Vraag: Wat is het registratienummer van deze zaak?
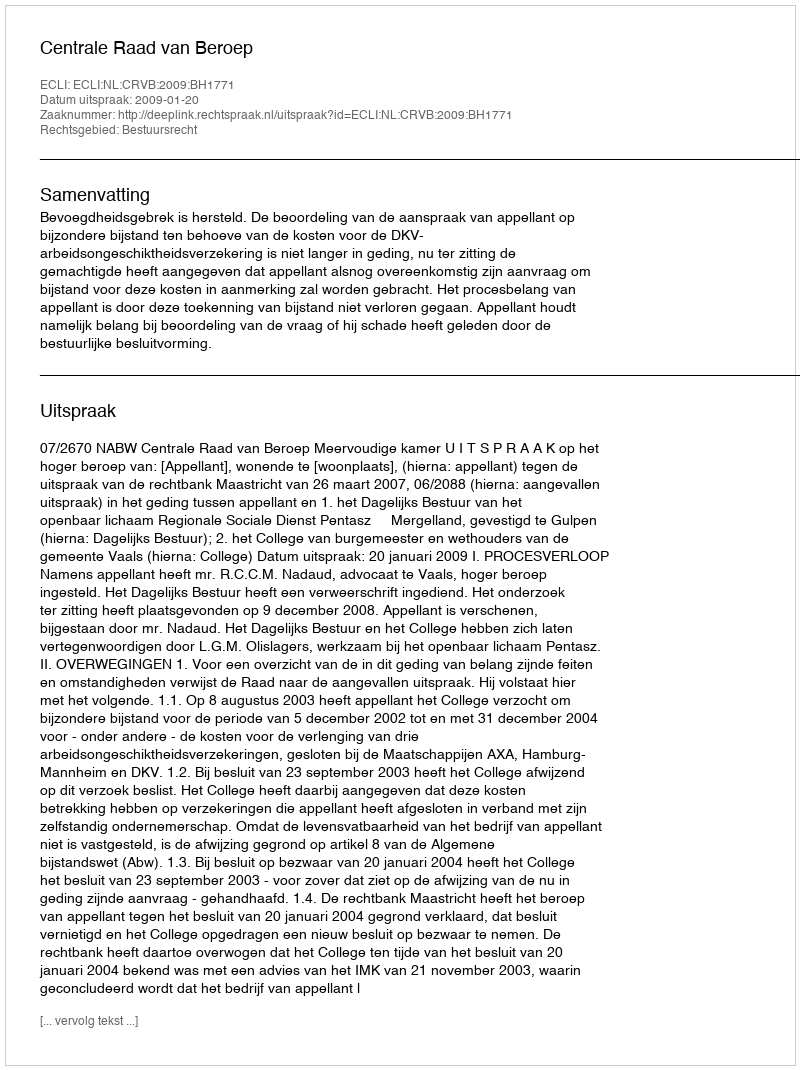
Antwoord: http://deeplink.rechtspraak.nl/uitspraak?id=ECLI:NL:CRVB:2009:BH1771